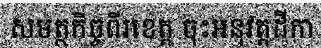
សមត្ថកិច្ចពីរខេត្ត ចុះអនុវត្តដីកា